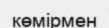
көмірмен